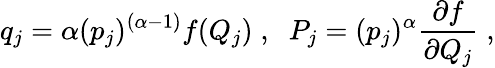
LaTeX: q_{j}=\alpha({p_{j}})^{(\alpha-1)}f(Q_{j})\; ,\; \; P_{j}=({p_{j}})^{\alpha}\frac{\partial f}{\partial Q_{j}}\; ,